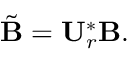
\tilde { \mathbf { B } } = \mathbf { U } _ { r } ^ { * } \mathbf { B } .